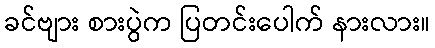
ခင်ဗျား စားပွဲက ပြတင်းပေါက် နားလား။